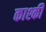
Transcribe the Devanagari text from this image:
काश्की